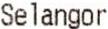
SELANGOR